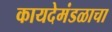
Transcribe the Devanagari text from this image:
कायदेमंडळाचा